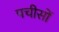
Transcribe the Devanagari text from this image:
पचीसों